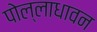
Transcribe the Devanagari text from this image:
पोल्लाधावन